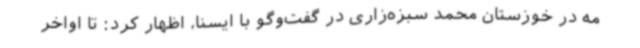
مه در خوزستان محمد سبزه‌زاری در گفت‌وگو با ایسنا، اظهار کرد: تا اواخر